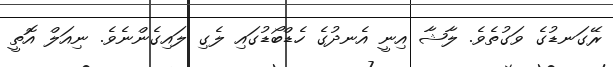
ރޭގަނޑުގެ ވަގުތެވެ. ލާޝާ އިނީ އެނދުގެ ހެޑްބޯޑުގައި ލެގި ލައިގެންނެވެ. ނިއަލް އޮތީ